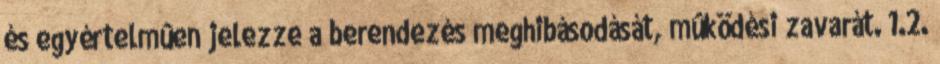
és egyértelmûen jelezze a berendezés meghibásodását, mûködési zavarát. 1.2.